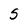
Character: S